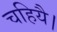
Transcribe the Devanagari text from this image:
चहियै।